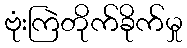
ဗုံးကြဲတိုက်ခိုက်မှု